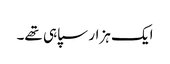
ایک ہزار سپاہی تھے۔